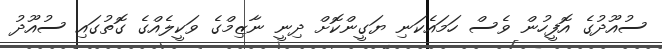
ސުއޫދުގެ އޮފީހުން ވެސް ހަމައެކަނި ޔަގީންކޮށް ދިނީ ނާޒިމްގެ ވަކީލެއްގެ ގޮތުގައި ސުއޫދު